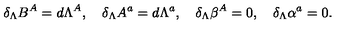
\delta _ { \Lambda } B ^ { A } = d \Lambda ^ { A } , \quad \delta _ { \Lambda } A ^ { a } = d \Lambda ^ { a } , \quad \delta _ { \Lambda } \beta ^ { A } = 0 , \quad \delta _ { \Lambda } \alpha ^ { a } = 0 .